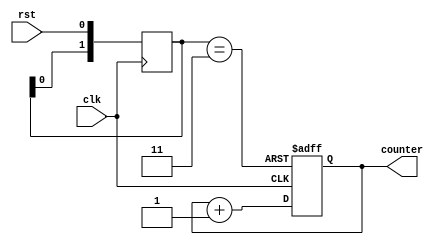
module reset_condition_example (
    input wire clk,           // Clock input
    input wire rst,           // Active-high reset signal
    output reg [3:0] counter  // 4-bit counter output
);

// Debounce signal logic (simple example)
reg [1:0] debounce;  // Two-bit debounce register
always @(posedge clk) begin
    debounce <= {debounce[0], rst};  // Shift in the current reset signal
end

wire debounced_rst = (debounce == 2'b11); // Debounced reset signal

// Synchronous reset implementation
always @(posedge clk or posedge debounced_rst) begin
    if (debounced_rst) begin
        counter <= 4'b0000; // Reset counter to 0
    end else begin
        counter <= counter + 1; // Increment counter
    end
end

endmodule